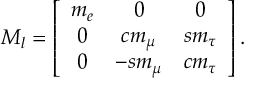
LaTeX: { \cal M } _ { l } = \left[ \begin{array} { c c c } { { m _ { e } } } & { { 0 } } & { { 0 } } \\ { { 0 } } & { { c m _ { \mu } } } & { { s m _ { \tau } } } \\ { { 0 } } & { { - s m _ { \mu } } } & { { c m _ { \tau } } } \end{array} \right] .